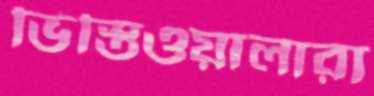
ভিস্তিওয়ালারা